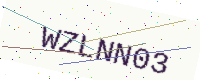
Text: WZLNN03